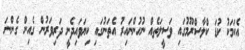
އެކަމަކު ކުޑަ ކްލާސްރޫމުގައި ވަސީލަތެއް ނުހުންނައިރު އެތަނުގައި ކިޔަވައިދެނީ ދަރިވަރުން ގެއިން ގެންނަ